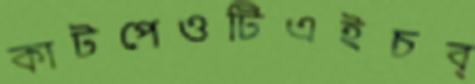
কাটপেওটিএইচব্